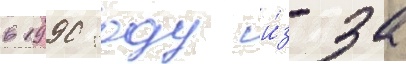
в 1990 году и́з-за